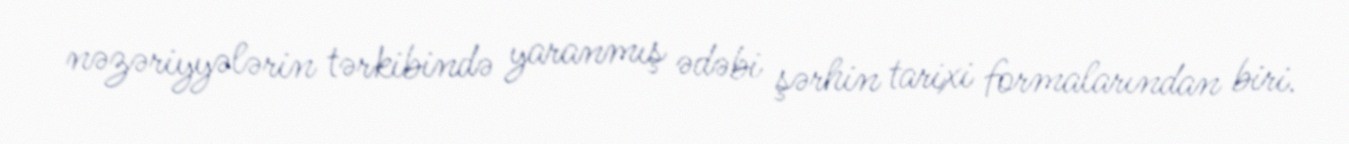
nəzəriyyələrin tərkibində yaranmış ədəbi şərhin tarixi formalarından biri.